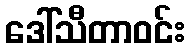
ဒေါ်သီတာဝင်း